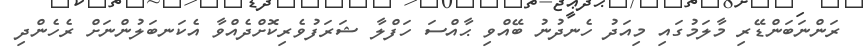
ރަންނަބަންޑޭރި މާލަމުގައި މިއަދު ހެނދުނު ބޭއްވި ޙާއްސަ ހަފްލާ ޝަރަފުވެރިކޮށްދެއްވާ އެކަނބަލުންނަށް ރެހެންދި